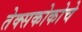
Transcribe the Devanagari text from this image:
तेक्सकोकोचे